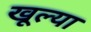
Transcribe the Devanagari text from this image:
खूल्या